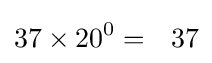
37\times 20^{0}=\ \ 37